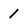
Character: 1